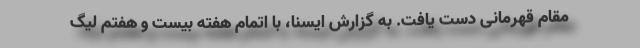
مقام قهرمانی دست یافت. به گزارش ایسنا، با اتمام هفته بیست و هفتم لیگ